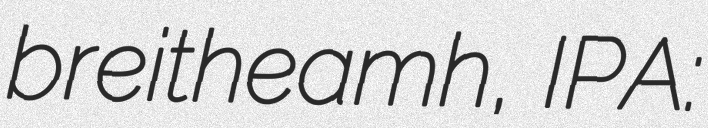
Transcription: breitheamh, IPA: